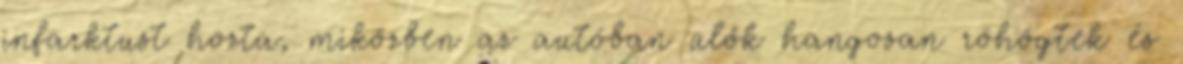
infarktust hozta, miközben az autóban ülők hangosan röhögtek és